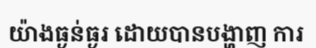
យ៉ាងធ្ងន់ធ្ងរ ដោយបានបង្ហាញ ការ